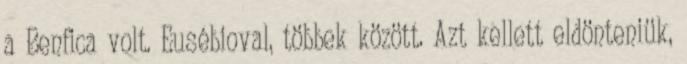
a Benfica volt. Eusébioval, többek között. Azt kellett eldönteniük,